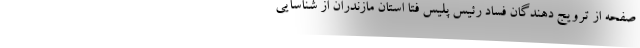
صفحه از ترویج دهندگان فساد رئیس پلیس فتا استان مازندران از شناسایی